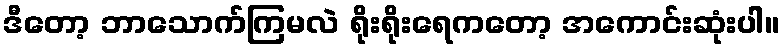
ဒီတော့ ဘာသောက်ကြမလဲ ရိုးရိုးရေကတော့ အကောင်းဆုံးပါ။